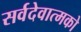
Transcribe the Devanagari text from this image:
सर्वदेवात्मको